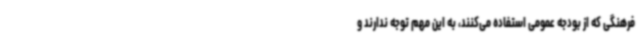
فرهنگی که از بودجه عمومی استفاده می‌کنند، به این مهم توجه ندارند و